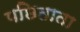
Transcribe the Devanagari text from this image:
पछिताता